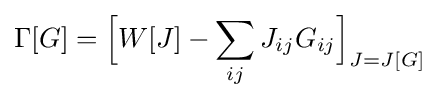
\Gamma [G]={\Big [}W[J]-\sum _{ij}J_{ij}G_{ij}{\Big ]}_{J=J[G]}